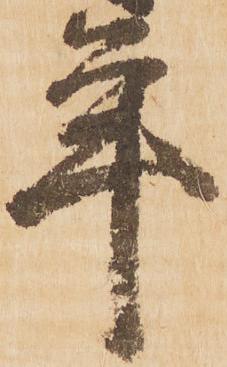
年